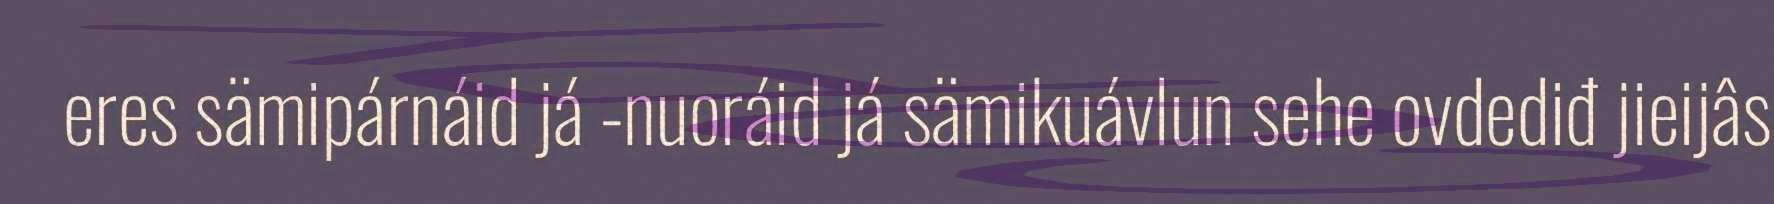
eres sämipárnáid já -nuoráid já sämikuávlun sehe ovdediđ jieijâs